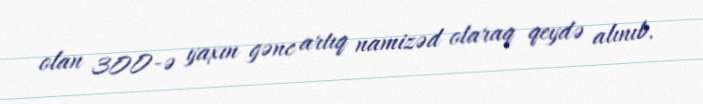
olan 300-ə yaxın gənc artıq namizəd olaraq qeydə alınıb.